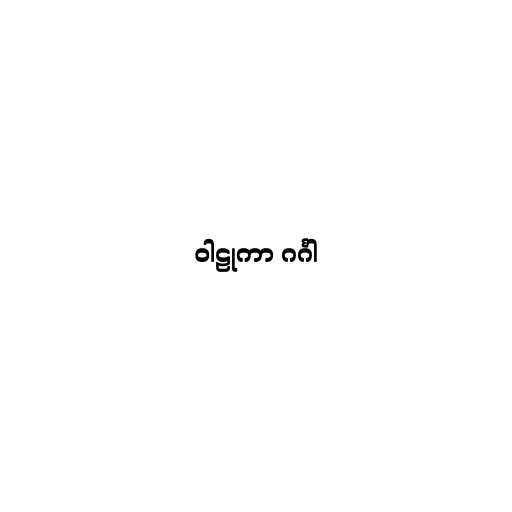
ဝါဠုကာ ဂင်္ဂါ